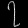
Digit: ၇